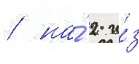
/ на́ 2 и́з